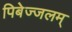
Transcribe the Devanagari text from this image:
पिबेज्जलम्